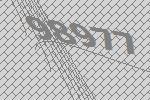
98977